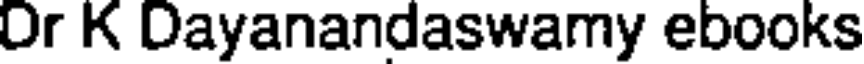
Or K Dayanandaswamy ebooks